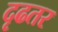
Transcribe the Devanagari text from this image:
दृढतर